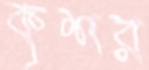
কৃশর